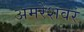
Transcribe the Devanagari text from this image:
अमरेशवर